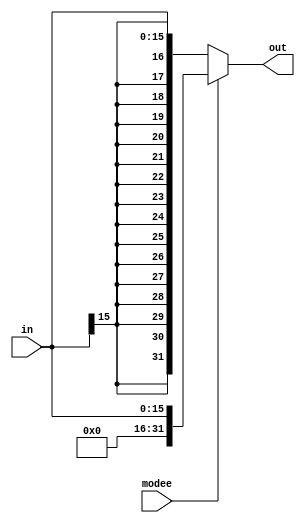
//mode0 = sign ext, mode1 = zero ext

module sign_zero_ext(
input wire [15:0]  in, output wire [31:0] out, input  wire modee
);

assign out = modee? {{16{1'b0}},in[15:0]} :{{16{in[15]}},in[15:0]} ;

endmodule